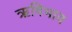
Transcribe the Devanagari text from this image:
ऋषिभाव